Scottish Leaving Certificate Examination, 1957
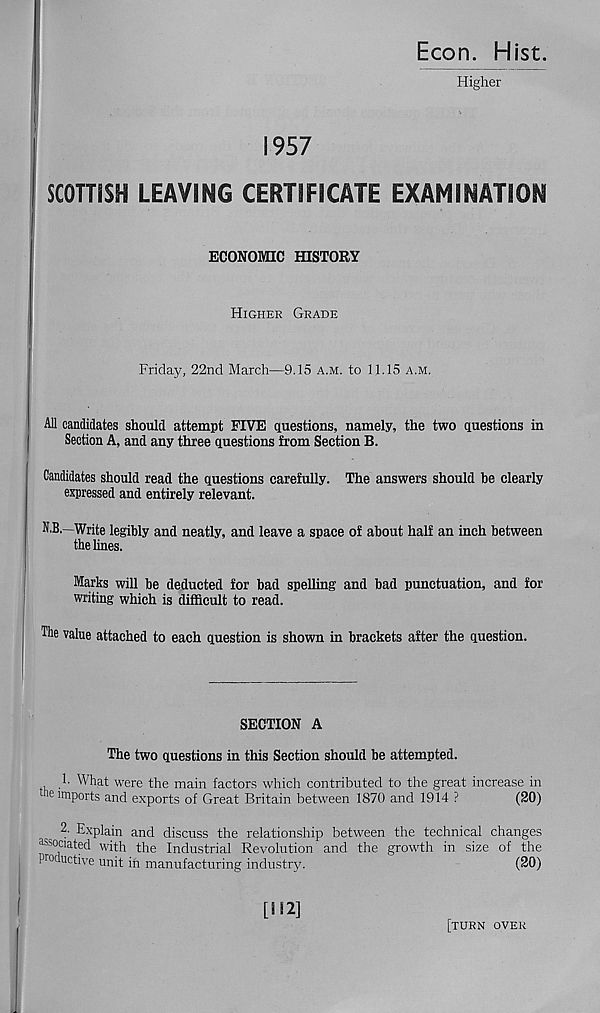
Econ. Hist
Higher
1957
SCOTTISH LEAVING CERTIFICATE EXAMINATION
ECONOMIC HISTORY
Higher Grade
Friday, 22nd March—9.15 a.m. to 11.15 a.m.
All candidates should attempt FIVE questions, namely, the two questions in
Section A, and any three questions from Section B.
Candidates should read the questions carefully. The answers should be clearly
expressed and entirely relevant.
N.B.—Write legibly and neatly, and leave a space of about half an inch between
the lines.
Marks will be deducted for bad spelling and bad punctuation, and for
writing which is difficult to read.
The value attached to each question is shown in brackets after the question.
SECTION A
The two questions in this Section should be attempted.
1. What were the main factors which contributed to the great increase in
ie imports and exports of Great Britain between 1870 and 1914 ?
(20)
2. Explain and discuss the relationship between the technical changes
associated with the Industrial Revolution and the growth in size of the
Piocuctive unit in manufacturing industry.
(20)
[H2]
[turn over